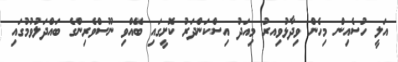
އަލީ ހުސެއިން މިހެން ވިދާޅުވިއރު މިއަދު އިސްކަންދަރު ކޮށީގައި ބޭއްވި ނޫސްވެރިންގެ ބައްދަލުވުމުގައި